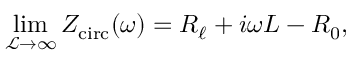
\operatorname* { l i m } _ { \mathcal { L } \to \infty } Z _ { \mathrm { c i r c } } ( \omega ) = R _ { \ell } + i \omega L - R _ { 0 } ,